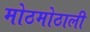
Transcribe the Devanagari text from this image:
मोठमोठाली